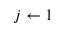
j \gets 1